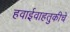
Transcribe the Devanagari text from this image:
हवाईवाहतुकीचे